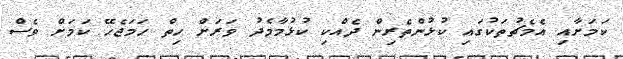
ކަމަށާއި އެމެޗުތަކުގައި ކުޅުންތެރިން ދެއްކި ކުޅުމާމެދު ވަރަށް ހިތް ހަމަޖެހޭ ކަމަށް ވެސް